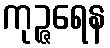
ကုဉ္ဇရေန